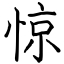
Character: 惊